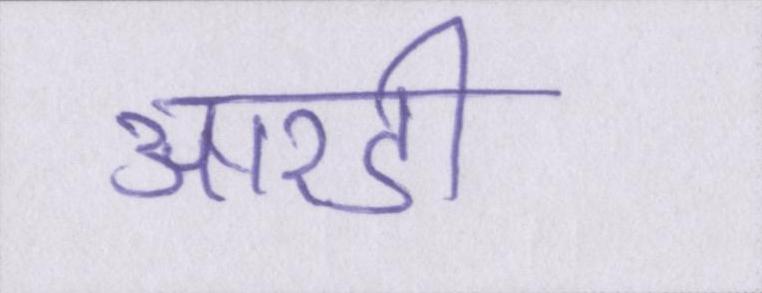
आरडी